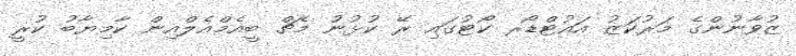
ޒުވާނުންގެ މަރުކަޒު އައުޓްޑޯރ ކޯޓުގައި ރޭ ކުޅުނު މެޗް ބީއެމްއެލްއިން ކާމިޔާބު ކުރީ